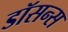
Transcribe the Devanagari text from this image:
डॉसन्स